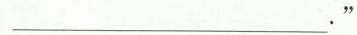
____."